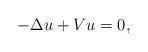
LaTeX: \begin{align*} -\Delta u + V u = 0,\end{align*}